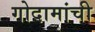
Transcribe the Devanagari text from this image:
गोदामांची